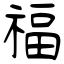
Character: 福